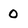
Character: 0